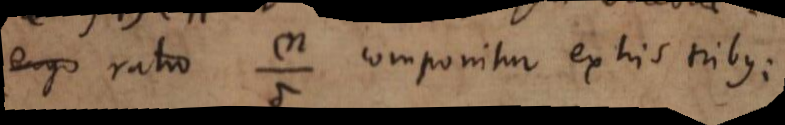
ergo ratio _ componitur ex his tribus: